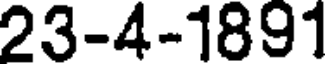
23-4-1891